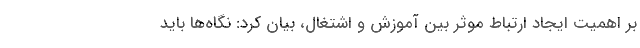
بر اهمیت ایجاد ارتباط موثر بین آموزش و اشتغال، بیان کرد: نگاه‌ها باید